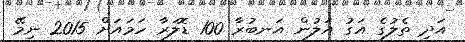
އަދި ތެލުގެ އަގު އަލުން އަނބުރާ 100 ޑޮލަރާ ހަމައަށް 2015 ނިމޭ